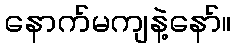
နောက်မကျနဲ့နော်။